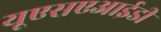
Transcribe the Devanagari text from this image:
यूएसएआईडी